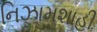
નિઝામશાહી